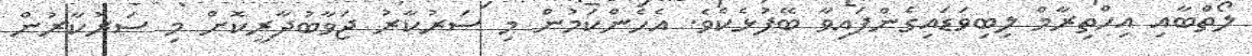
ލޯތްބާއި އިހްތިރާމް ލިބިވަޑައިގެންފައިވާ ބޭފުޅެކެވެ. އެހެންކަމުން މި ސަރުކާރު ޖަވާބުދާރީކޮށް މި ސަރުކާރުން